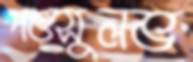
পশুসুলভ